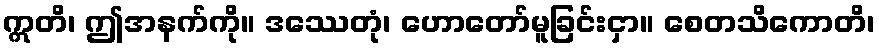
ဣတိ၊ ဤအနက်ကို။ ဒဿေတုံ၊ ဟောတော်မူခြင်းငှာ။ စေတသိကောတိ၊